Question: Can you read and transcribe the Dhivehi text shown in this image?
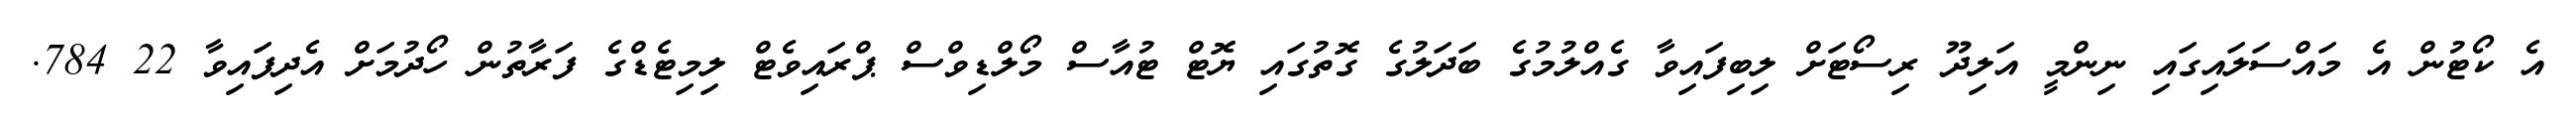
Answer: އެ ކޯޓުން އެ މައްސަލައިގައި ނިންމީ އަލިދޫ ރިސޯޓަށް ލިބިފައިވާ ގެއްލުމުގެ ބަދަލުގެ ގޮތުގައި ޔޮޓް ޓުއާސް މޯލްޑިވްސް ޕްރައިވެޓް ލިމިޓެޑްގެ ފަރާތުން ހޯދުމަށް އެދިފައިވާ 22 784.